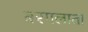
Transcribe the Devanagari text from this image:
बरगलाता